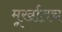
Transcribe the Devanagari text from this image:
मूर्खातच